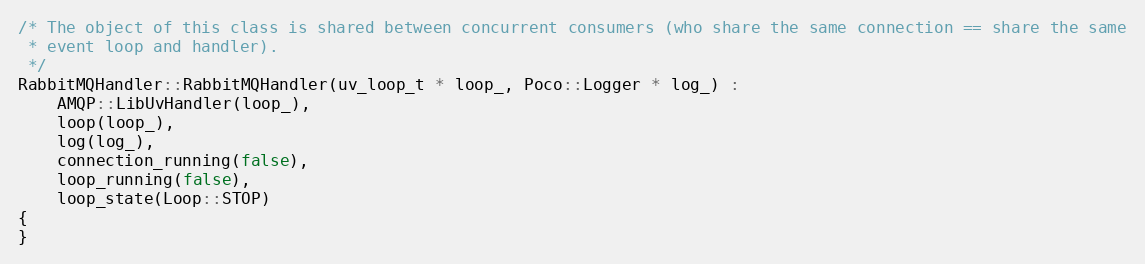
Language: C++
/* The object of this class is shared between concurrent consumers (who share the same connection == share the same
 * event loop and handler).
 */
RabbitMQHandler::RabbitMQHandler(uv_loop_t * loop_, Poco::Logger * log_) :
    AMQP::LibUvHandler(loop_),
    loop(loop_),
    log(log_),
    connection_running(false),
    loop_running(false),
    loop_state(Loop::STOP)
{
}